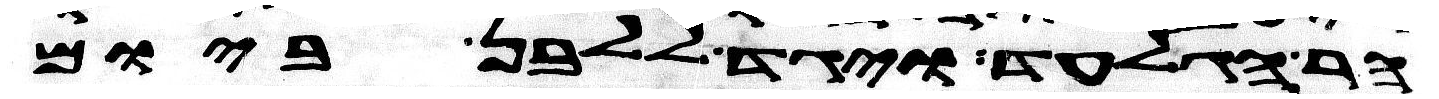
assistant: הר הגלעד ויגד ללבן ביום